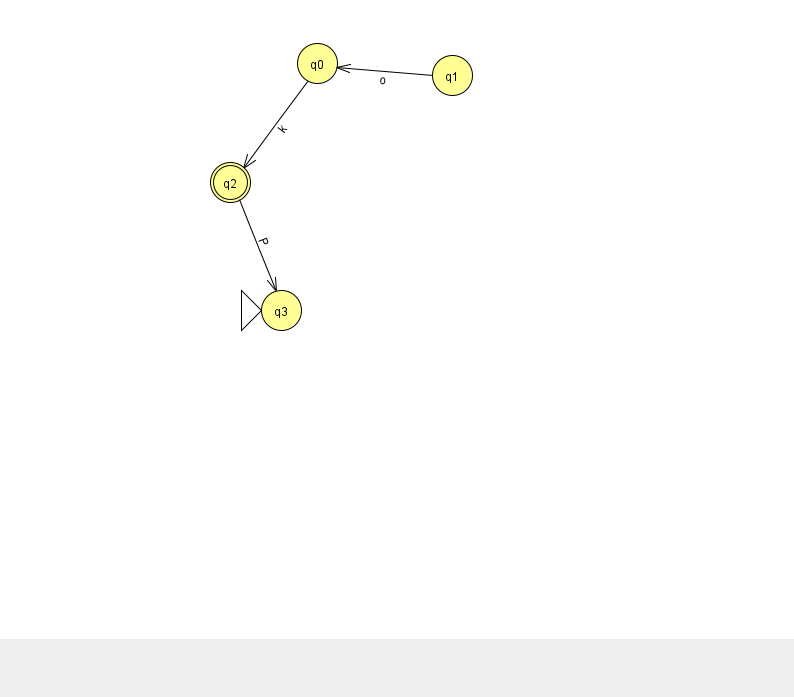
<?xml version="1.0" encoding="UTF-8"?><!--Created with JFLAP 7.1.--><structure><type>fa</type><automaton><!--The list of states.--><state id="0" name="q0"><x>317.0</x><y>50.0</y></state><state id="1" name="q1"><x>452.0</x><y>62.0</y></state><state id="2" name="q2"><x>230.0</x><y>169.0</y><final/></state><state id="3" name="q3"><x>281.0</x><y>297.0</y><initial/></state><!--The list of transitions.--><transition><from>0</from><to>2</to><read>k</read></transition><transition><from>2</from><to>3</to><read>P</read></transition><transition><from>1</from><to>0</to><read>o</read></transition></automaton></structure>